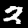
Label: 2